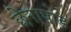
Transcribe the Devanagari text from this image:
छेनापोड